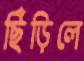
ছিঁড়িলে